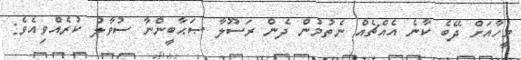
މީހާއަށް ދޭބެ ކާނެ އެއްޗެއް ނެތުމުން ދެން ރަސޫލާ ޞަޙާބީންނާ ސުވާލު ކުރެއްވިއެވެ: